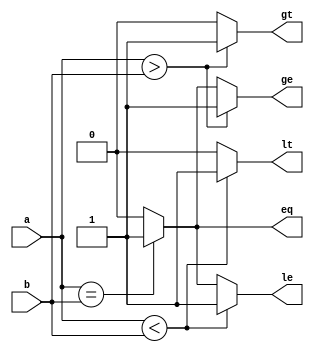
module ParameterizedComparator #(
    parameter WIDTH = 8 // Default bit-width of input signals
)(
    input  wire [WIDTH-1:0] a, // First input value
    input  wire [WIDTH-1:0] b, // Second input value
    output reg  eq,            // Equality output
    output reg  gt,            // Greater than output
    output reg  lt,            // Less than output
    output reg  ge,            // Greater than or equal to output
    output reg  le             // Less than or equal to output
);

// Always block to compare inputs
always @(*) begin
    // Initialize outputs
    eq = 0;
    gt = 0;
    lt = 0;
    ge = 0;
    le = 0;

    // Comparison logic
    if (a == b) begin
        eq = 1;
        ge = 1;
        le = 1;
    end
    if (a > b) begin
        gt = 1;
        ge = 1;
    end
    if (a < b) begin
        lt = 1;
        le = 1;
    end
end

endmodule